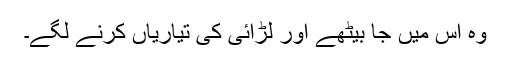
وہ اس میں جا بیٹھے اور لڑائی کی تیاریاں کرنے لگے۔